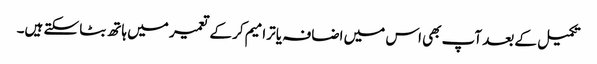
تکمیل کے بعد آپ بھی اس میں اضافہ یا ترامیم کر کے تعمیر میں ہاتھ بٹا سکتے ہیں۔